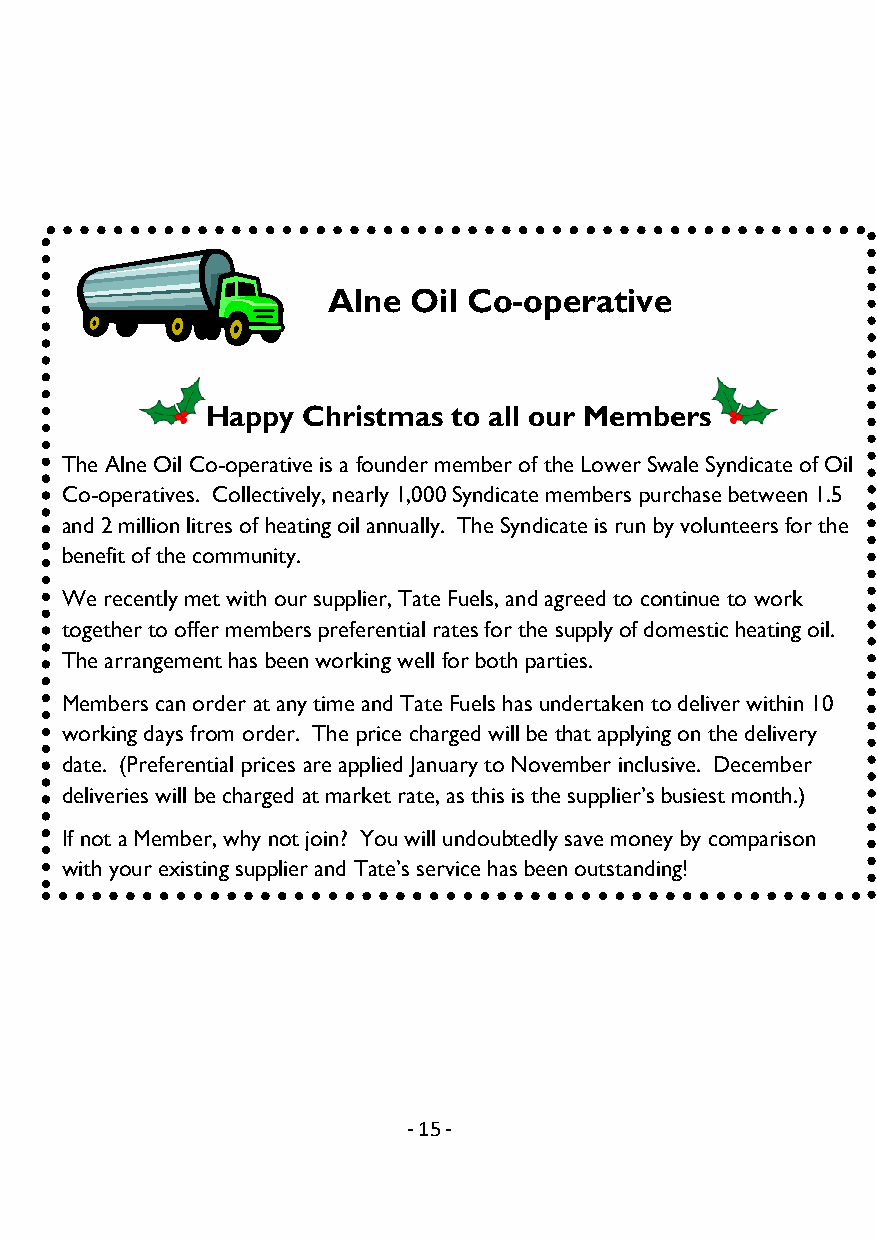
Alne Oil Co-operative
 Founder member of the Lower Swale Syndicate of Oil Co-operatives
 Happy Christmas to all our Members
 The Alne Oil Co-operative is a founder member of the Lower Swale Syndicate of Oil
 Co-operatives. Collectively, nearly 1,000 Syndicate members purchase between 1.5
 and 2 million litres of heating oil annually. The Syndicate is run by volunteers for the
 benefit of the community.
 We recently met with our supplier, Tate Fuels, and agreed to continue to work
 together to offer members preferential rates for the supply of domestic heating oil.
 The arrangement has been working well for both parties.
 Members can order at any time and Tate Fuels has undertaken to deliver within 10
 working days from order. The price charged will be that applying on the delivery
 date. (Preferential prices are applied January to November inclusive. December
 deliveries will be charged at market rate, as this is the supplier’s busiest month.)
 If not a Member, why not join? You will undoubtedly save money by comparison
 with your existing supplier and Tate’s service has been outstanding!
 If you want to know how the syndicate price compares with your supplier, please
 send a copy of your last bill to the e-mail address below and we’ll tell you what a
 member would have paid.
 Membership is open to all — if you live in or around Alne and want to know more
 about the Co-operative, please e-mail alne@swaleoil.org.uk or visit the Oil Co-
 operative pages on the Alne Village website.
 - 1 5 -